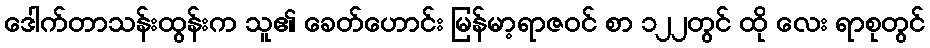
ဒေါက်တာသန်းထွန်းက သူ၏ ခေတ်ဟောင်း မြန်မာ့ရာဇဝင် စာ ၁၂၂တွင် ထို လေး ရာစုတွင်